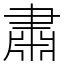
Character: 肅